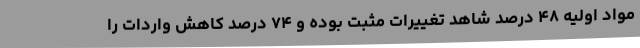
مواد اولیه ۴۸ درصد شاهد تغییرات مثبت بوده و ۷۴ درصد کاهش واردات را